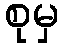
စုမှ